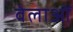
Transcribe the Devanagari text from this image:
वेलाओं